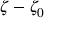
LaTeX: \zeta - \zeta _ { 0 }